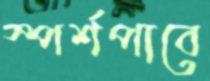
স্পর্শপাবে